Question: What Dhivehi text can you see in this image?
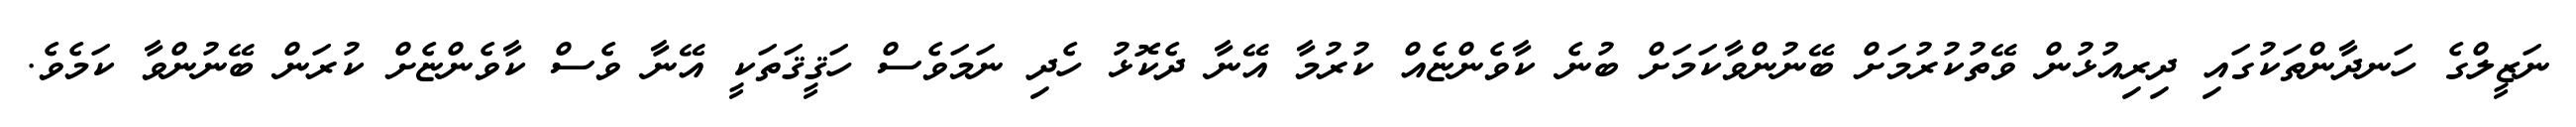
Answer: ނަޒީލްގެ ހަނދާންތަކުގައި ދިރިއުޅުން ވޭތުކުރުމަށް ބޭނުންވާކަމަށް ބުނެ ކާވެންޏެއް ކުރުމާ އޭނާ ދެކޮޅު ހެދި ނަމަވެސް ހަޤީޤަތަކީ އޭނާ ވެސް ކާވެންޏެށް ކުރަން ބޭނުންވާ ކަމެވެ.